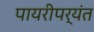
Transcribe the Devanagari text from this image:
पायरीपर्यंत